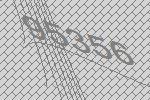
95356